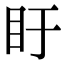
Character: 盱